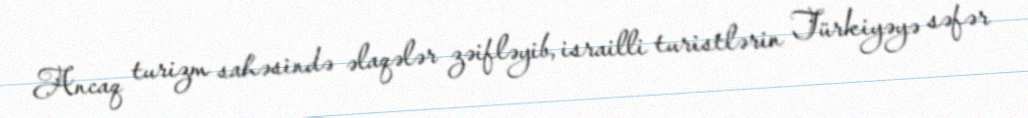
Ancaq turizm sahəsində əlaqələr zəifləyib, israilli turistlərin Türkiyəyə səfər